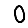
Digit: 0